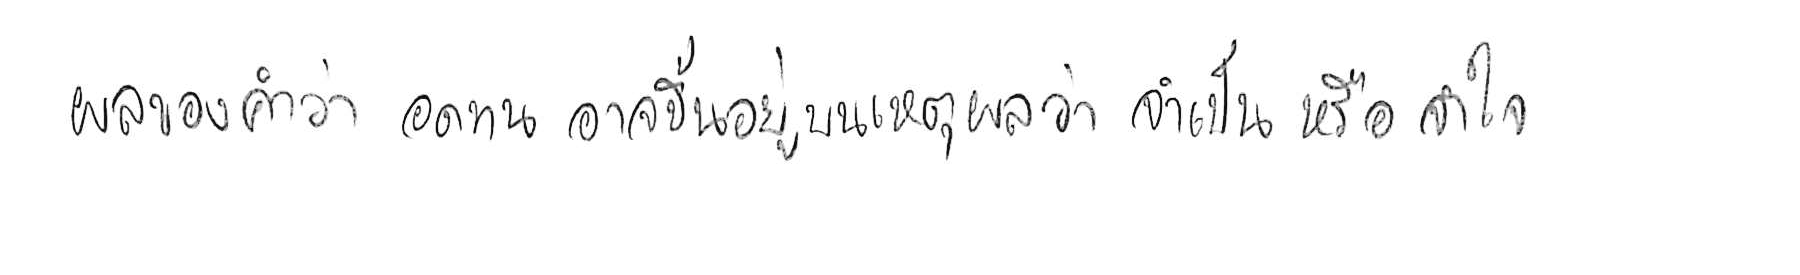
ผลของคำว่า อดทน อาจขึ้นอยู่บนเหตุผลว่า จำเป็น หรือ จำใจ